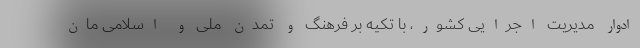
ادوار مدیریت اجرایی کشور، با تکیه بر فرهنگ و تمدن ملی و اسلامی مان